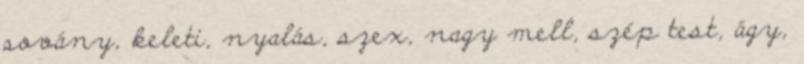
sovány, keleti, nyalás, szex, nagy mell, szép test, ágy,